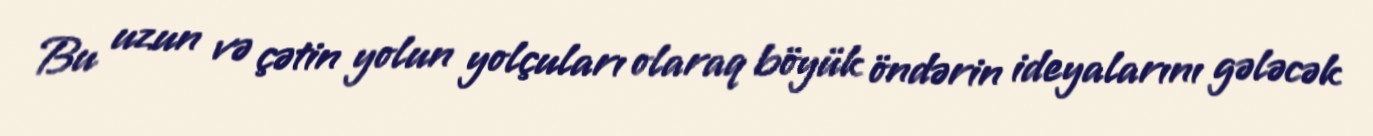
Bu uzun və çətin yolun yolçuları olaraq böyük öndərin ideyalarını gələcək